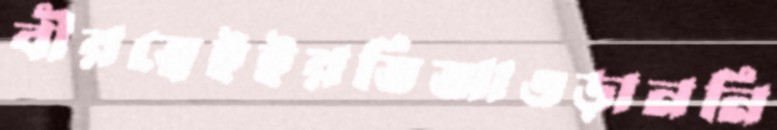
বীরত্বেইইরতিআওড়াননি